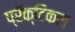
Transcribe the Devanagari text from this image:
प्रॅक्टिकल